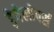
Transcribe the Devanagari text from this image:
ड़ेवेलोपर्स